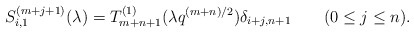
\begin{align*}S^{(m+j+1)}_{i,1} (\lambda) =T^{(1)}_{m+n+1}(\lambda q^{(m+n)/2}) \delta_{i+j, n+1} \qquad (0 \le j \le n). \end{align*}